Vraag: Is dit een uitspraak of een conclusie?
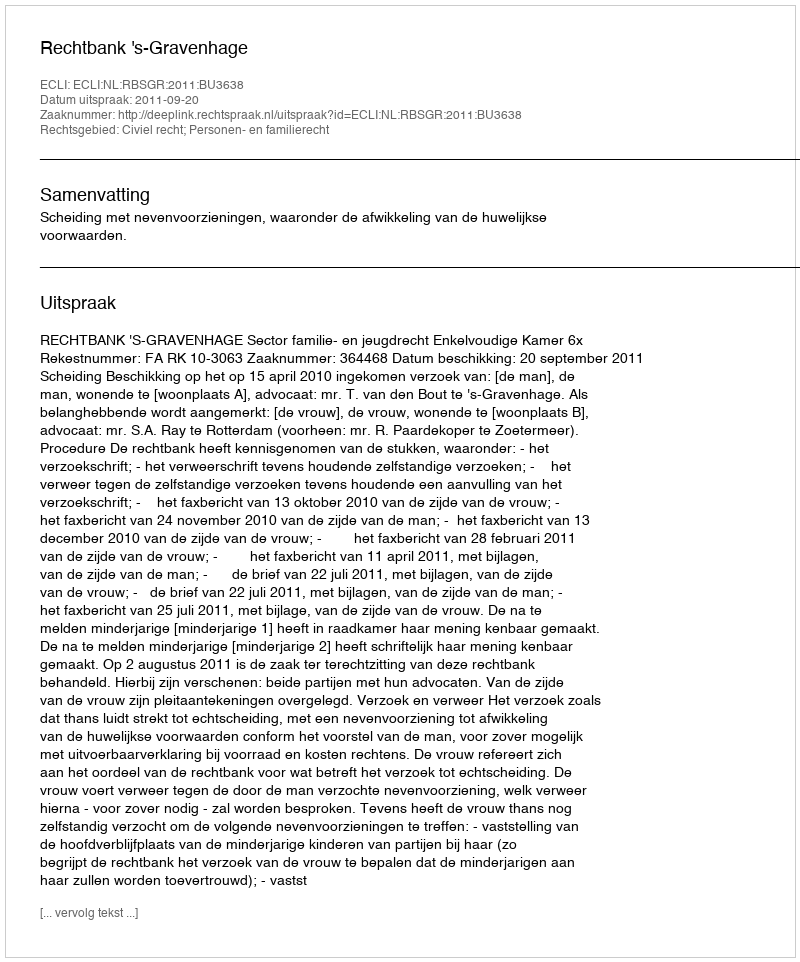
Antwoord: Uitspraak